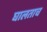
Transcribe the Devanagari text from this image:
घालताच